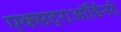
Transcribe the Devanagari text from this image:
एक्सट्राऑर्डिनरी